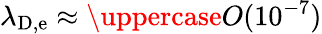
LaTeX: \lambda_{\mathrm{D,e}}\approx\uppercase{O}(10^{-7})